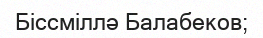
Біссміллә Балабеков;